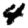
Digit: 4